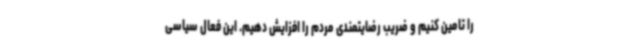
را تامین کنیم و ضریب رضایتمندی مردم را افزایش دهیم. این فعال سیاسی